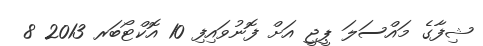
ޝިފާގެ މައްސަލަ ޕީޖީ އަށް ފޮނުވައިފި 10 އޮކްޓޯބަރ 2013 8